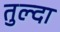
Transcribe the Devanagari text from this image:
तुल्दा